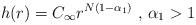
LaTeX: \begin{align*}h(r)=C_\infty r^{N(1-\alpha _1)}\mbox{ , }\alpha _1>1 \end{align*}